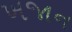
ખજાન